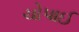
ચોપાઈ